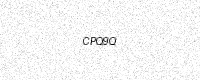
Text: CPQ9Q